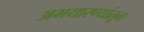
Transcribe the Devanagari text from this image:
अभयारण्यांतून